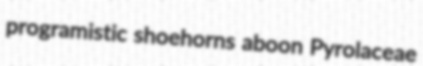
programistic shoehorns aboon Pyrolaceae